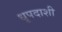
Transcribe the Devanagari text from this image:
धृपदाशी